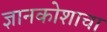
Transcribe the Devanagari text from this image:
ज्ञानकोशाचा